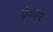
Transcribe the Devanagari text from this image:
पेन्नेर